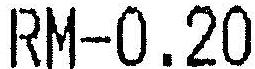
RM-0.20